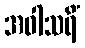
အဝါသရိံ